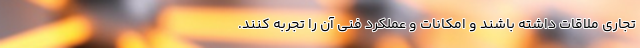
تجاری ملاقات داشته باشند و امکانات و عملکرد فنی آن را تجربه کنند.